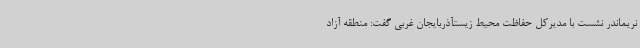
نریماندر نشست با مدیرکل حفاظت محیط زیستآذربایجان غربی گفت: منطقه آزاد